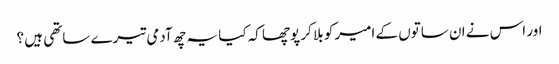
اور اس نے ان ساتوں کے امیر کو بلا کر پوچھا کہ کیا یہ چھ آدمی تیرے ساتھی ہیں ؟